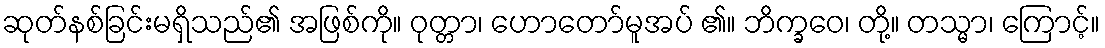
ဆုတ်နစ်ခြင်းမရှိသည်၏ အဖြစ်ကို။ ဝုတ္တာ၊ ဟောတော်မူအပ် ၏။ ဘိက္ခဝေ၊ တို့။ တသ္မာ၊ ကြောင့်။